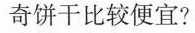
奇饼干比较便宜?